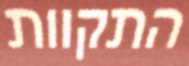
התקוות